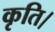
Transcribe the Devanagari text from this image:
कृति।